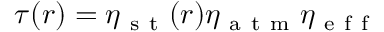
\tau ( r ) = \eta _ { \mathrm { ~ s ~ t ~ } } ( r ) \eta _ { \mathrm { ~ a ~ t ~ m ~ } } \eta _ { \mathrm { ~ e ~ f ~ f ~ } }